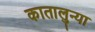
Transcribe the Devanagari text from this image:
कातालुन्या